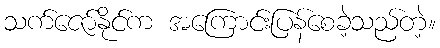
သက်ဇော်နိုင်က အကြောင်းပြန်စေခဲ့သည်တဲ့။